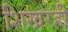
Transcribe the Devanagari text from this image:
शिखरही